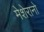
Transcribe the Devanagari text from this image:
मेशेरानो